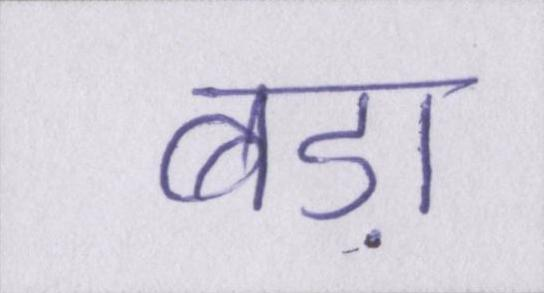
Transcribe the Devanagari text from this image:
बड़ा